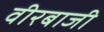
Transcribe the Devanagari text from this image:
वीरबाजी